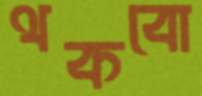
থকবো